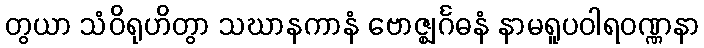
တွယာ သံဝိရုဟိတွာ သဃာနကာနံ ဗောဇ္ဈင်္ဂဓနံ နာမရူပဝါရဝဏ္ဏနာ